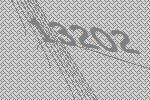
13202